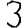
Digit: 3